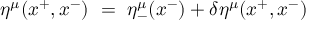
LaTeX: \eta ^ { \mu } ( x ^ { + } , x ^ { - } ) ~ = ~ \eta _ { - } ^ { \mu } ( x ^ { - } ) + \delta \eta ^ { \mu } ( x ^ { + } , x ^ { - } )